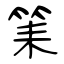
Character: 筙